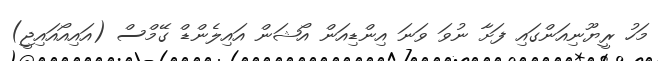
މަހު ރީޔޫނިއަންގައި ފަށާ ނުވަ ވަނަ އިންޑިއަން އޯޝަން އައިލެންޑް ގޭމްސް (އައިއޯއައިޖީ)